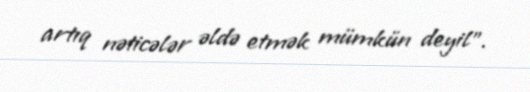
artıq nəticələr əldə etmək mümkün deyil”.